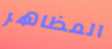
المظاهر